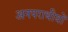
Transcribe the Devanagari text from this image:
अनपराधीयों